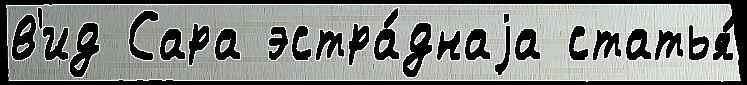
в'ид Сара эстра́днаjа статья́